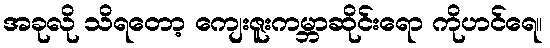
အခုလို သိရတော့ ကျေးဇူးကမ္ဘာဆိုင်းရော ကိုဟင်ရေ။